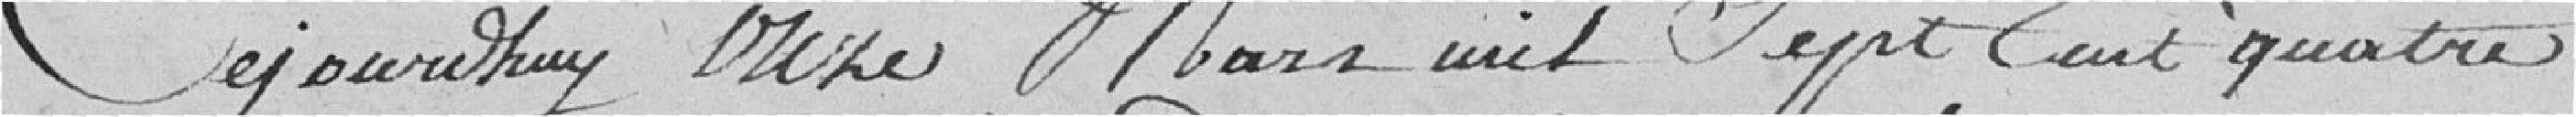
Ce jourd'hui huit mars mil sept cent quatre